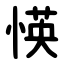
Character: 愥